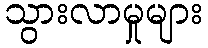
သွားလာမှုများ